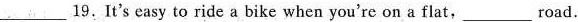
___ 19.It's easy to ride a bike when you're on a flat, ___ road.